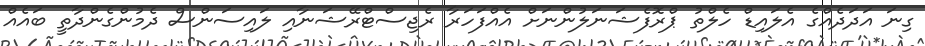
ގިނަ އަދަދެއްގެ އެލައިޑް ހެލްތު ޕްރޮފެޝަނަލުންނަށް އެއްފަހަރާ ރެޖިސްޓްރޭޝަނާއި ލައިސަންސް ދެމުންގެންދާތީ ބައެއް